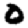
Digit: 0